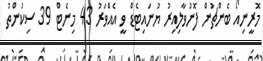
މޮރީނިއޯ ބެންޗުން ފޮނުވާލިއިރު ޔުނައިޓެޑް ވީ އެއްވަރު 43 މިނެޓް 39 ސިކުންތު